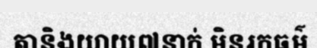
តានិងយាយ៧នាក់ មិនរកធម៌